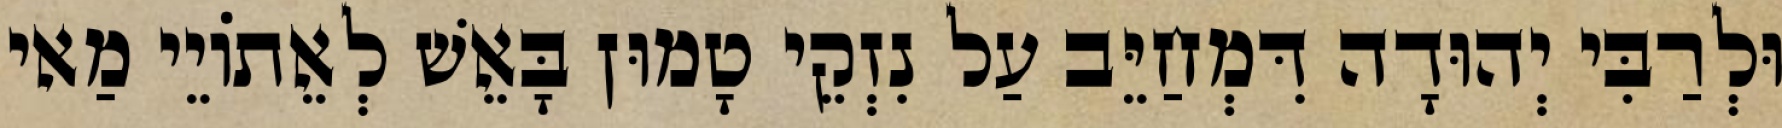
וּלְרַבִּי יְהוּדָה דִּמְחַיֵּב עַל נִזְקֵי טָמוּן בָּאֵשׁ לְאֵתוֹיֵי מַאי